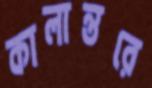
কালান্তরে